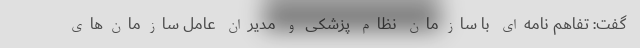
گفت: تفاهم نامه‌ای با سازمان نظام پزشکی و مدیران عامل سازمان‌های